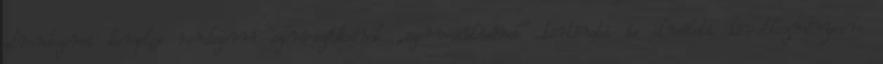
alrendszerei komplex rendszerré szerveződésének „szervesülésének” történeti és elméleti következményeire